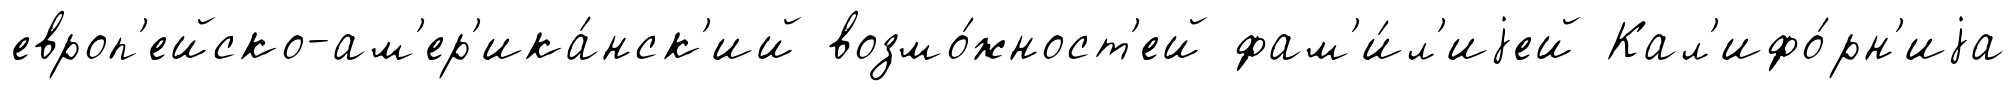
европ'ейско-ам'ер'ика́нск'ий возмо́жност'ей фам'и́л'иjей Кал'ифо́рн'иjа